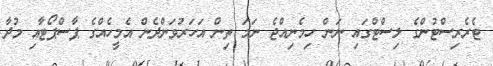
ޓެރެރިސްޓުންގެ ލިސްޓްގައި ނަން ހިމެނިއްޖެ ނަމަ ތިން އަހަރުވަންދެން އެމީހެއްގެ ޕާސްޕޯޓާއި މުދާ